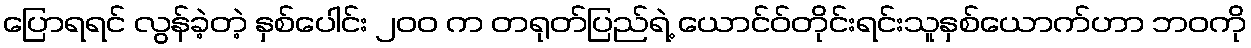
ပြောရရင် လွန်ခဲ့တဲ့ နှစ်ပေါင်း ၂၀၀ က တရုတ်ပြည်ရဲ့ ယောင်ဝ်တိုင်းရင်းသူနှစ်ယောက်ဟာ ဘဝကို